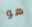
هو